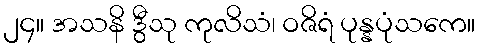
၂၄။ အသနိ ဒွီသု ကုလိသံ၊ ဝဇိရံ ပုန္နပုံသကေ။